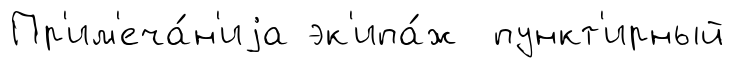
Пр'им'еча́н'иjа эк'ипа́ж пункт'ирный